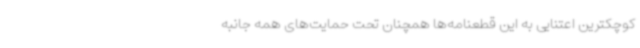
کوچکترین اعتنایی به این قطعنامه‌ها همچنان تحت حمایت‌های همه جانبه